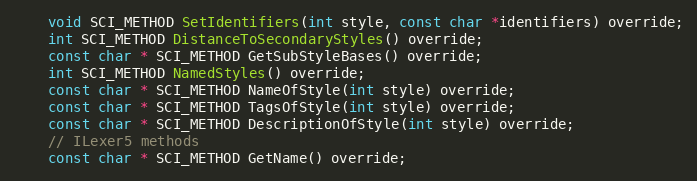
Language: C
	void SCI_METHOD SetIdentifiers(int style, const char *identifiers) override;
	int SCI_METHOD DistanceToSecondaryStyles() override;
	const char * SCI_METHOD GetSubStyleBases() override;
	int SCI_METHOD NamedStyles() override;
	const char * SCI_METHOD NameOfStyle(int style) override;
	const char * SCI_METHOD TagsOfStyle(int style) override;
	const char * SCI_METHOD DescriptionOfStyle(int style) override;
	// ILexer5 methods
	const char * SCI_METHOD GetName() override;